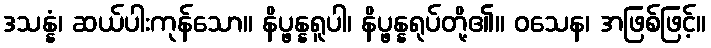
ဒသန္နံ၊ ဆယ်ပါးကုန်သော။ နိပ္ဖန္နရူပါ၊ နိပ္ဖန္နရုပ်တို့၏။ ဝသေန၊ အဖြစ်ဖြင့်။